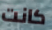
كانت